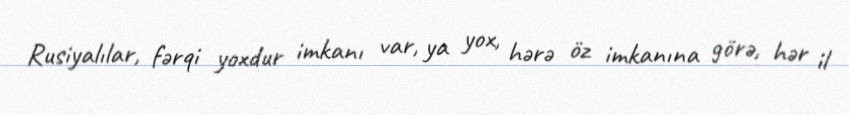
Rusiyalılar, fərqi yoxdur imkanı var, ya yox, hərə öz imkanına görə, hər il